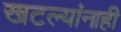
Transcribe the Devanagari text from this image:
खटल्यांनाही